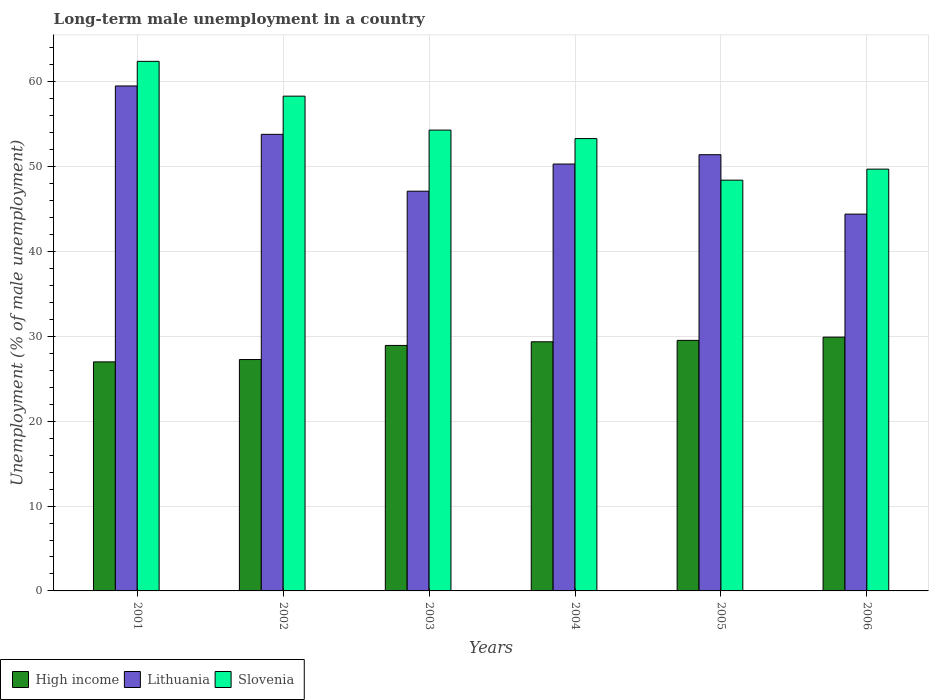
| Years | High income | Lithuania | Slovenia |
 | --- | --- | --- | --- |
 | 2001 | 27 | 59.5 | 62.4 |
 | 2002 | 27.3 | 53.8 | 58.3 |
 | 2003 | 28.9 | 47.1 | 54.3 |
 | 2004 | 29.4 | 50.3 | 53.3 |
 | 2005 | 29.5 | 51.4 | 48.4 |
 | 2006 | 29.9 | 44.4 | 49.7 |